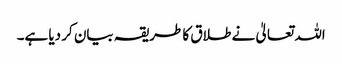
اللہ تعالیٰ نے طلاق کا طریقہ بیان کر دیا ہے۔